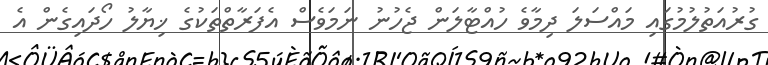
ގުރުއަތުލުމުގައި މައްސަލަ ދިމާވެ ހުއްޓާލަން ޖެހުނު ނަމަވެސް އެފަރާތްތަކުގެ ޚިޔާލު ހޯދައިގެން އެ